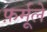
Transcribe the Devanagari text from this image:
फ़र्मूले